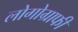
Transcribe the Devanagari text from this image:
लोगोग्राफी